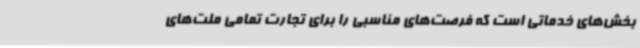
بخش‌های خدماتی است که فرصت‌های مناسبی را برای تجارت تمامی ملت‌های